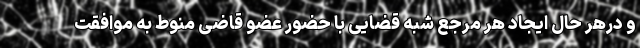
و درهر حال ایجاد هر مرجع شبه قضایی با حضور عضو قاضی منوط به موافقت